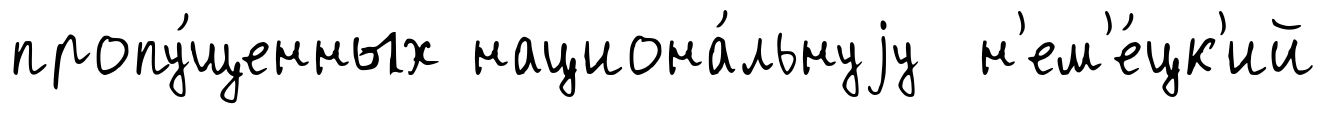
пропу́щенных национа́льнуjу н'ем'е́цк'ий